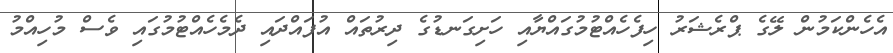
އެހެންކަމުން ލޭގެ ޕްރެޝަރު ހިފެހެއްޓުމުގައްޔާއި ހަށިގަނޑުގެ ދިރުތައް އުފައްދައި ދެމެހެއްޓުމުގައި ވެސް މުހިއްމު